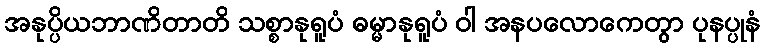
အနုပ္ပိယဘာဏိတာတိ သစ္စာနုရူပံ ဓမ္မာနုရူပံ ဝါ အနပလောကေတွာ ပုနပ္ပုနံ